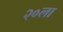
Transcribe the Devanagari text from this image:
२०ला